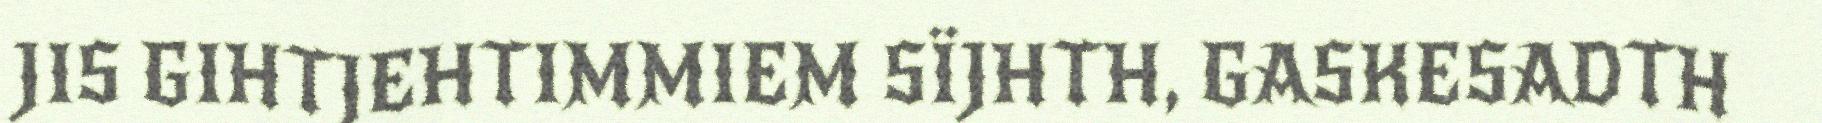
JIS GIHTJEHTIMMIEM SÏJHTH, GASKESADTH